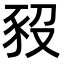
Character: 𧰱